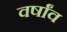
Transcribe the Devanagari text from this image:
वर्षांव